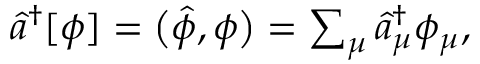
\begin{array} { r } { \hat { a } ^ { \dagger } [ \phi ] = \bigl ( \hat { \phi } , \phi \bigr ) = \sum _ { \mu } \hat { a } _ { \mu } ^ { \dagger } \phi _ { \mu } , } \end{array}